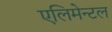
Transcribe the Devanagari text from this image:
एलिमेन्टल